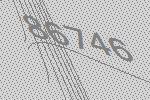
86746